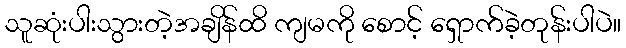
သူဆုံးပါးသွားတဲ့အချိန်ထိ ကျမကို စောင့် ရှောက်ခဲ့တုန်းပါပဲ။